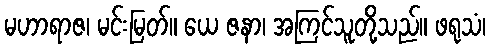
မဟာရာဇ၊ မင်းမြတ်။ ယေ ဇနာ၊ အကြင်သူတို့သည်။ ဖရုသံ၊